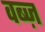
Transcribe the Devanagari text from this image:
वब्ज़